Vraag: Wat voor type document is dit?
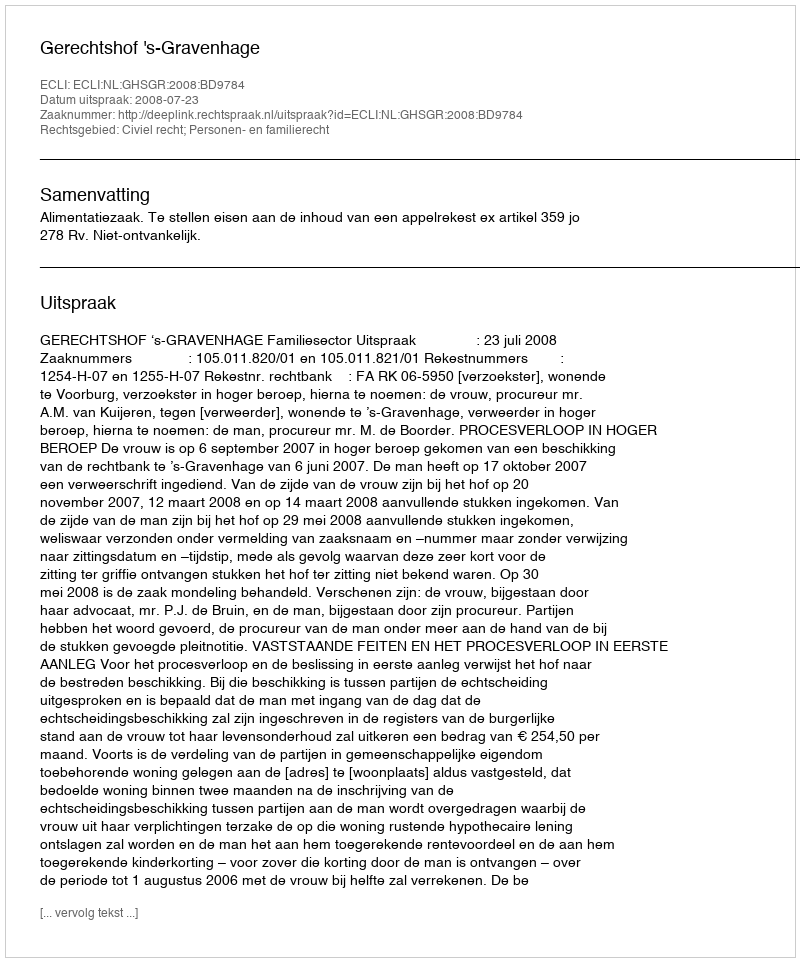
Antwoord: Uitspraak